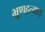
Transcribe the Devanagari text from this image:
भ्रूणहत्याच